Civil Veterinary Department Bihar & Orissa reports 1929-36 - 1929-1936
Year: 1929
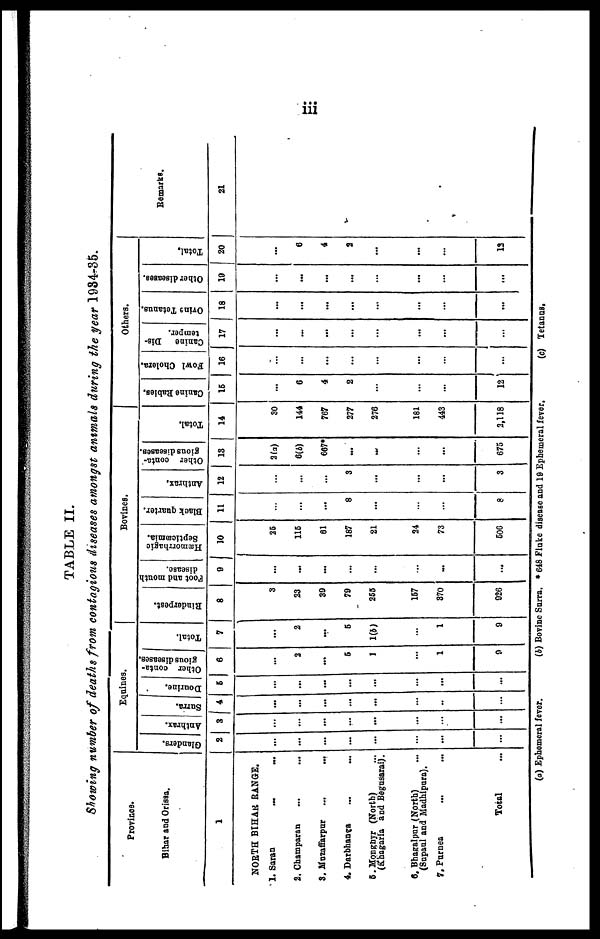
iii
TABLE II.
Showing number of deaths from contagious diseases amongst animals during the year 1934-35.
Province.
Bihar and Orissa.
1
NORTH BIHAR RANGE.
1. Sarsn ... ...
2. Champaran ... ...
S. Muzaffarpur
...
...
4. Darbhanga
...
...
5. Monghyr (North) ...
(Khagaria and Begnsarai).
6. Bhagalpur (North) ...
(Supanl and Madhipnra).
7. Purnea ... ...
Total ...
Equines.
Glanders.
2
...
...
...
...
...
...
...
...
Anthrax.
3
...
...
...
...
...
...
...
Surra.
4
...
...
...
...
...
...
...
...
Dourine.
5
...
...
...
...
...
...
...
...
Other conta-
gious diseases.
6
...
2
...
6
1
...
1
9
Total.
7
...
2
...
6
1(b)
...
1
9
Bovines.
Rinderpest.
8
3
23
39
79
255
167
870
926
Foot and month
disease.
9
...
...
...
...
...
...
...
...
Hæmorrhagic
Septicæmia.
10
25
116
61
187
21
24
73
606
Black quarter.
11
...
...
...
8
...
...
...
8
Anthrax,
12
...
...
...
3
...
...
...
3
Other conta-
gions diseases.
13
2(a)
6(b)
667*
...
...
...
...
675
Total.
14
30
144
767
277
276
181
443
2,118
Others.
Canine Rabies.
15
...
6
4
2
...
...
...
12
Fowl Cholera.
16
...
...
...
...
...
...
...
...
Canine
Dis-
temper.
17
...
...
...
...
...
...
...
...
Ovins Totanus.
18
...
...
...
...
...
...
...
...
Other diseases.
19
...
...
...
...
...
...
...
...
Total.
20
...
6
4
2
...
...
...
13
Remarks.
21
Ephemeral fever.
(4) Bovine Surra. * 648 Fluke disease and 19 Ephemeral fever.
(c) Tetanus.